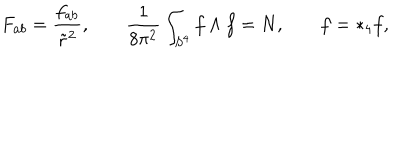
F _ { a b } = \frac { f _ { a b } } { \tilde { r } ^ { 2 } } , \ \ \; \; \frac { 1 } { 8 \pi ^ { 2 } } \int _ { S ^ { 4 } } f \wedge f = N , \ \ \; \; f = * _ { 4 } f ,